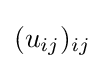
(u_{ij})_{ij}